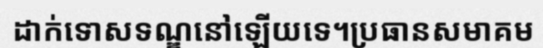
ដាក់ទោសទណ្ឌនៅឡើយទេ។ប្រធានសមាគម